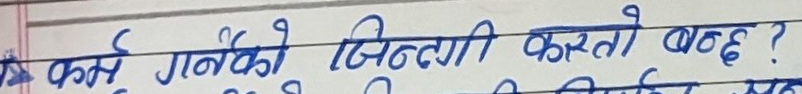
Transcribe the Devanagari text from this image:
कर्ने गर्देको जिन्दगी कस्तो बढ्‌छ ?